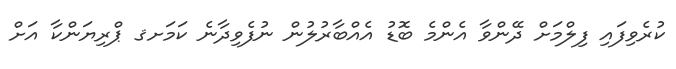
ކުރެވިފައި ފިލްމަށް ދޭންވާ އެންމެ ބޮޑު އެއްބާރުލުން ނުފެވިދާނެ ކަމަށޤ ޕްރިޔަންކާ އަށް